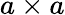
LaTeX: a\times a